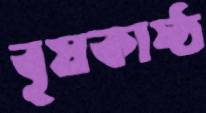
বৃষকাষ্ঠ